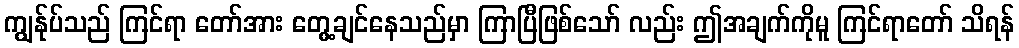
ကျွန်ုပ်သည် ကြင်ရာ တော်အား တွေ့ချင်နေသည်မှာ ကြာပြီဖြစ်သော် လည်း ဤအချက်ကိုမူ ကြင်ရာတော် သိရန်